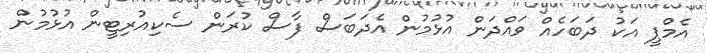
އެމްޕީ އަކު ދަބަހެއް ވައްދަން އުޅުމުން އެދަބަސް ފާސް ކުރަން ސެކިއުރިޓީން އުޅުމުން